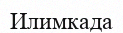
Илимкада